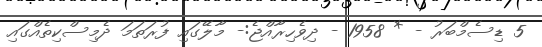
5 ޑިސެމްބަރު - * 1958 - ދިވެހިރާއްޖެ:- މާލޭގައި ފުރަތަމަ ދެމިސްކިތެއްގައި